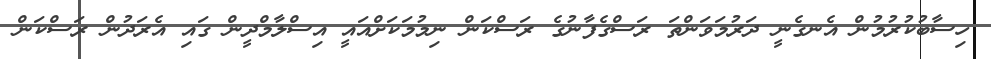
ހިސާބުކުރުމުން އެނގެނީ ދަރުމަވަންތަ ރަސްގެފާނުގެ ރަސްކަން ނިމުމަކަށްއައީ އިސްލާމްދީން ގައި އެރަދުން ރަސްކަން